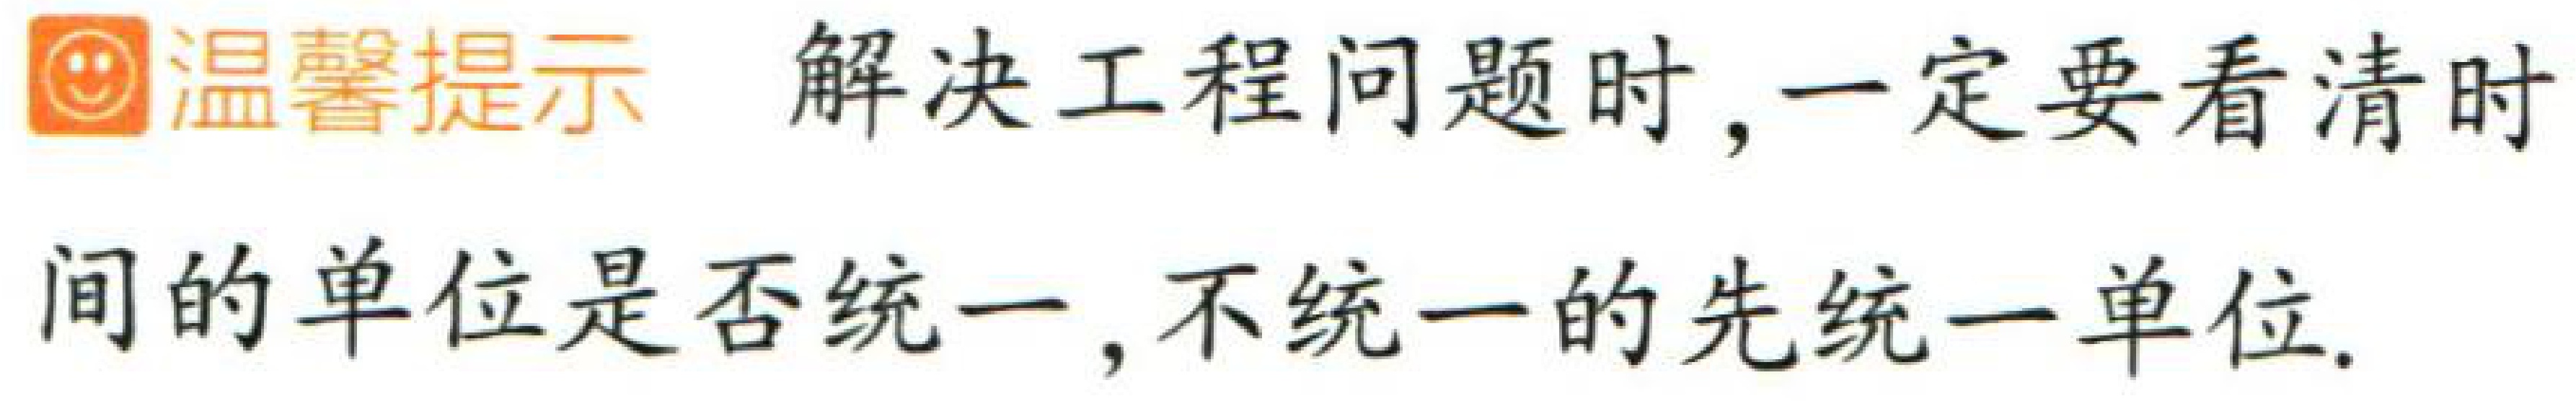
温馨提示 解决工程问题时，一定要看清时间的单位是否统一，不统一的先统一单位.